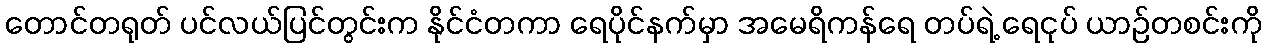
တောင်တရုတ် ပင်လယ်ပြင်တွင်းက နိုင်ငံတကာ ရေပိုင်နက်မှာ အမေရိကန်ရေ တပ်ရဲ့ ရေငုပ် ယာဉ်တစင်းကို